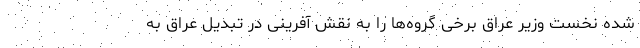
شده نخست وزیر عراق برخی گروه‌ها را به نقش آفرینی در تبدیل عراق به